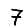
Digit: 7